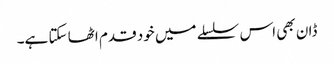
ڈان بھی اس سلسلے میں خود قدم اٹھا سکتا ہے۔